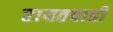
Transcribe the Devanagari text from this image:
रायतवाडी